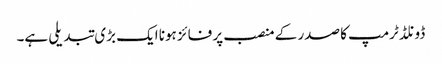
ڈونلڈ ٹرمپ کا صدر کے منصب پر فائز ہونا ایک بڑی تبدیلی ہے۔